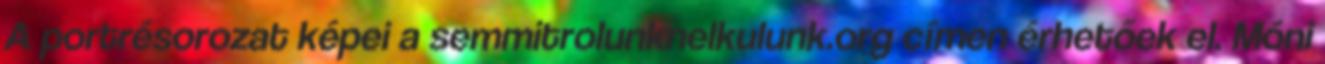
A portrésorozat képei a semmitrolunknelkulunk.org címen érhetőek el. Móni